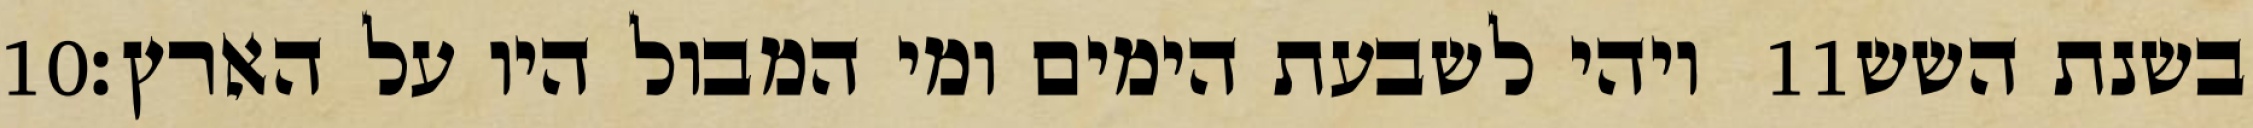
‎10‏ ויהי לשבעת הימים ומי המבול היו על הארץ׃ ‎11‏ בשנת השש